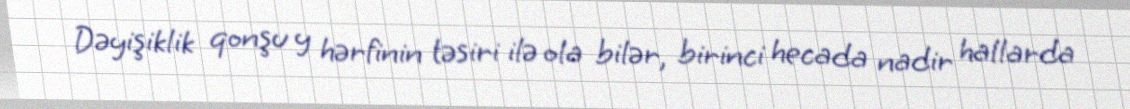
Dəyişiklik qonşu y hərfinin təsiri ilə ola bilər, birinci hecada nadir hallarda